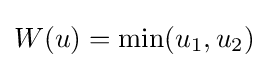
W(u)=\min(u_{1},u_{2})